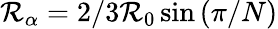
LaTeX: \mathcal{R}_{\alpha}=2/3\mathcal{R}_{0}\sin{(\pi/N)}